Lock hospitals Punjab
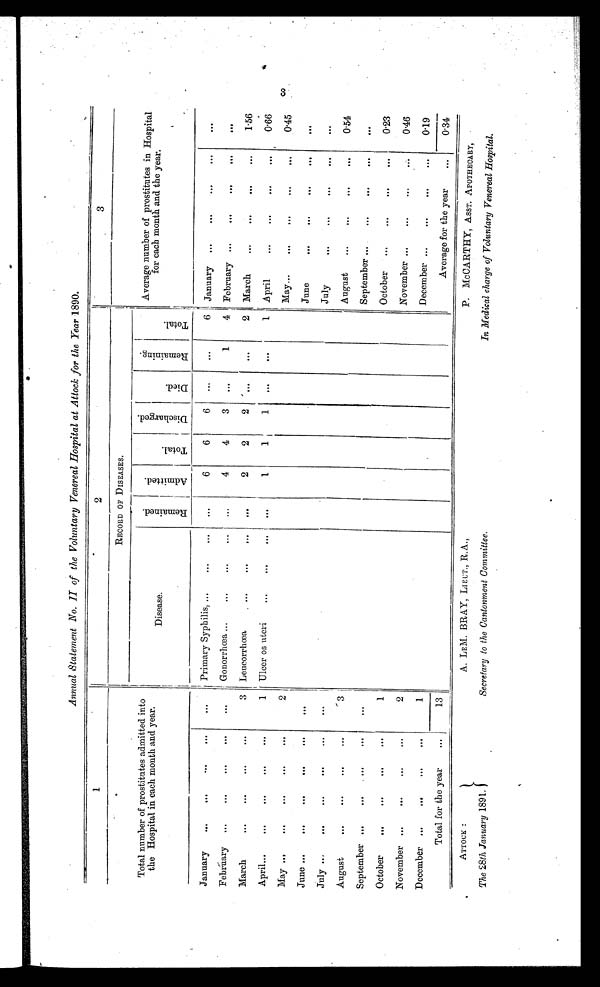
Annual Statement No. H of the Voluntary Venereal Hospital at Attock for the Year 1890.
1
2
3
Total number of prostitutes admitted into
the Hospital in each month and year.
RECORD OF DISEASES.
Average number of prostitutes in Hospita
l for each month and the year
D i s e a s e .
R e m a i n e d .
A d m i t t e d .
T o t a l .
D i s c h a r g e d
.
D i e d .
R e m a i n i n g .
T o t a l .
January
. . .
. . .
. . .
. . .
. . .
Primary Syphilis,...
. . .
. . .
. . .
6
6
6
. . .
. . .
6
January
. . .
. . .
. . .
. . .
. . .
February
. . .
. . .
. . .
. . .
Gonorrhœa ...
...
. . .
. . .
. . .
4
4
3
. . .
1
4 February . . .
. . .
. . .
. . .
. . .
March
. . .
. . .
. . .
. . .
3 Leucorrhœa
. . .
. . .
. . .
2
2
2
. . .
. . .
2
March ...
. . .
. . .
. . .
1.56
Ap ril...
. . .
. . .
. . .
. . .
1
Ulcer os uteri
...
. . .
. . .
. . .
1
1
1
. . .
. . .
1
April
. . .
. . .
. . .
. . .
0.66
May ...
. . .
. . .
. . .
. . .
2
May...
. . .
. . .
. . .
. . .
0.45
June ...
. . .
. . .
. . .
. . .
. . .
June
. . .
. . .
. . .
. . .
. . .
July ...
. . .
. . .
. . .
. . .
. . .
July
. . .
. . .
. . .
. . .
. . .
August
. . .
. . .
. . .
. . .
3
August
. . . .
. . .
. . .
. . .
0.54
S eptember
. . .
. . .
. . .
. . .
. . .
September....
. . .
. . .
. . .
. . .
October
. . .
. . .
. . .
. . .
1
October
. . .
. . .
. . .
. . .
0.23
November
. . .
. . .
. . .
. . .
2
November ...
. . .
. . .
0.46
D ecember
. . .
. . .
. . .
. . .
1
December ...
. . .
. . .
. . .
0.19
Total for the year
. . .
13
Average for the year
. . .
0.34
3 A T T O C K :
The 28th January 1891.
. L E M . B R A Y , L I E U T . , R . A . ,
Secretary to the Cantonment Committee.
P. McCARTHY, ASST. APOTHECARY,
In Medical charge of Voluntary Venereal Hospital.